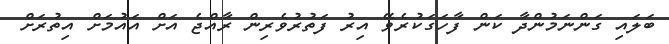
ބަލައި ގަންނަމުންދާ ކަން ފާހަގަކުރެވޭ އިރު ފަތުރުވެރިން ރާއްޖެ އަށް އައުމަށް އިތުރަށް